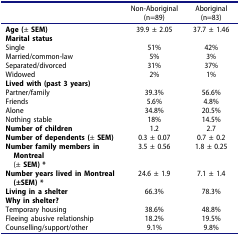
<table><thead><tr><td><b> </b></td><td><b>Non-Aboriginal (n=89)</b></td><td><b>Aboriginal (n=83)</b></td></tr></thead><tbody><tr><td><b>Age (</b>± <b>SEM)</b></td><td>39.9 ± 2.05</td><td>37.7 ± 1.46</td></tr><tr><td><b>Marital status</b></td><td> </td><td> </td></tr><tr><td>Single</td><td>51%</td><td>42%</td></tr><tr><td>Married/common-law</td><td>5%</td><td>3%</td></tr><tr><td>Separated/divorced</td><td>31%</td><td>37%</td></tr><tr><td>Widowed</td><td>2%</td><td>1%</td></tr><tr><td><b>Lived with (past 3 years)</b></td><td> </td><td> </td></tr><tr><td>Partner/family</td><td>39.3%</td><td>56.6%</td></tr><tr><td>Friends</td><td>5.6%</td><td>4.8%</td></tr><tr><td>Alone</td><td>34.8%</td><td>20.5%</td></tr><tr><td>Nothing stable</td><td>18%</td><td>14.5%</td></tr><tr><td><b>Number of children</b></td><td>1.2</td><td>2.7</td></tr><tr><td><b>Number of dependents (</b>± <b>SEM)</b></td><td>0.3 ± 0.07</td><td>0.7 ± 0.2</td></tr><tr><td><b>Number family members in Montreal</b>(± <b>SEM) *</b></td><td>3.5 ± 0.56</td><td>1.8 ± 0.25</td></tr><tr><td><b>Number years lived in Montreal (±SEM) *</b></td><td>24.6 ± 1.9</td><td>7.1 ± 1.4</td></tr><tr><td><b>Living in a shelter</b></td><td>66.3%</td><td>78.3%</td></tr><tr><td><b>Why in shelter?</b></td><td> </td><td> </td></tr><tr><td>Temporary housing</td><td>38.6%</td><td>48.8%</td></tr><tr><td>Fleeing abusive relationship</td><td>18.2%</td><td>19.5%</td></tr><tr><td>Counselling/support/other</td><td>9.1%</td><td>9.8%</td></tr></tbody></table>